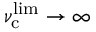
\nu _ { \mathrm { c } } ^ { \mathrm { l i m } } \rightarrow \infty